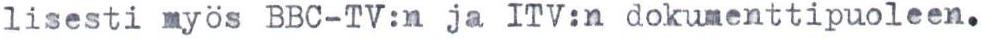
lisesti myös BBC-TV:n ja ITV:n dokumenttipuoleen.